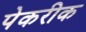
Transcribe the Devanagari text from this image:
पेकरीक